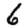
Digit: 6